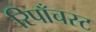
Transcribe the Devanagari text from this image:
रिपाँचस्ट